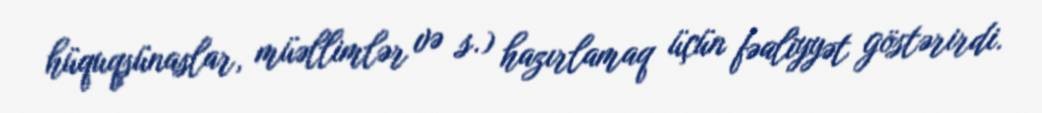
hüquqşünaslar, müəllimlər və s.) hazırlamaq üçün fəaliyyət göstərirdi.